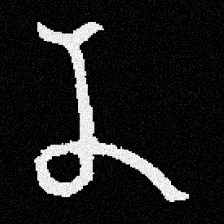
Pyu character \u2014 Myanmar letter: န (romanized: na)